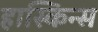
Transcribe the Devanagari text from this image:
हास्किन्स